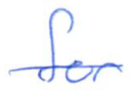
Text: for
Cross-out: single-line
Writing tool: ballpoint